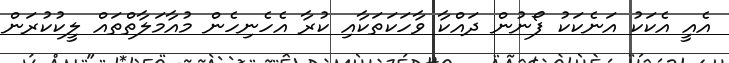
އެއީ އެކަކު އަނެކަކު ފޯނުން ދައްކާ ވާހަކަތަކާއި ކުރާ އެހެނިހެން މުއާމަލާތްތައް ލީކުކުރަން